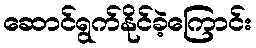
ဆောင်ရွက်နိုင်ခဲ့ကြောင်း